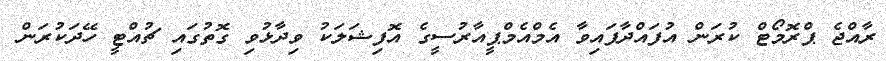
ރާއްޖެ ޕްރޮމޯޓް ކުރަން އުފައްދާފައިވާ އެމްއެމްޕީއާރުސީގެ އޮފިޝަލަކު ވިދާޅުވި ގޮތުގައި ޗުއްޓީ ހޭދަކުރަން